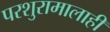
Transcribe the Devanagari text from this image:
परशुरामालाही